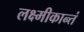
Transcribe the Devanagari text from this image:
लक्ष्मीकान्तं